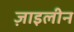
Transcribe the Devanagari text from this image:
ज़ाइलीन